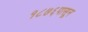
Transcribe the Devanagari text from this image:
१८७६पासून